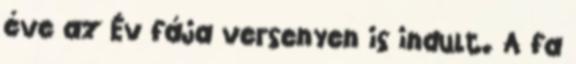
éve az Év fája versenyen is indult. A fa